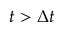
t > \Delta t